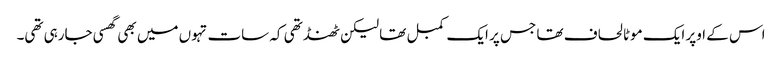
اس کے اوپر ایک موٹا لحاف تھا جس پر ایک کمبل تھا لیکن ٹھنڈ تھی کہ سات تہوں میں بھی گھسی جارہی تھی۔